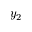
y _ { 2 }